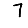
Digit: 7